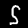
Label: 5